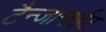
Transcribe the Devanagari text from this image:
टैन्जानाईट